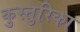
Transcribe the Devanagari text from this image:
कुस्तुरिका